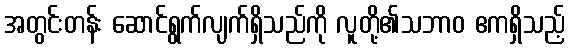
အတွင်းတန်း ဆောင်ရွက်လျက်ရှိသည်ကို လူတို့၏သဘာဝ ဧကရှိသည့်